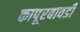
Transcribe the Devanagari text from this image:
कापूरबावडी